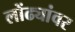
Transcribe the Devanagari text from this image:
लोंढ्यांवर